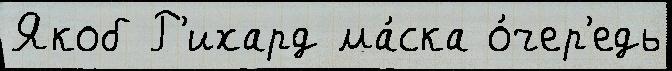
Якоб Р'ихард ма́ска о́чер'едь